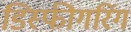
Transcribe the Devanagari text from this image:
डिस्फीगरिंग